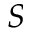
{ \cal S }